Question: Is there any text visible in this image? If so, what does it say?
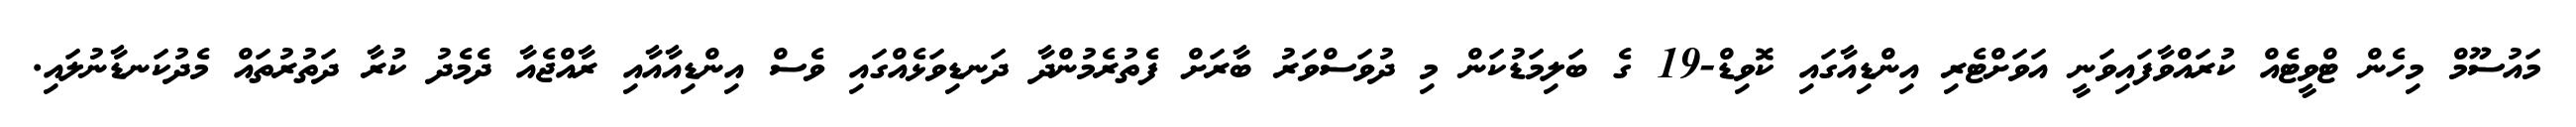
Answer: މައުސޫމް މިހެން ޓްވީޓެއް ކުރައްވާފައިވަނީ އަވަށްޓެރި އިންޑިއާގައި ކޮވިޑް-19 ގެ ބަލިމަޑުކަން މި ދުވަސްވަރު ބާރަށް ފެތުރެމުންދާ ދަނޑިވަޅެއްގައި ވެސް އިންޑިއާއާއި ރާއްޖެއާ ދެމެދު ކުރާ ދަތުރުތައް މެދުކަނޑާނުލައި.